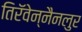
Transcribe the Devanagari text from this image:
तिरॅवेन्नैनलुर